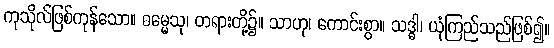
ကုသိုလ်ဖြစ်ကုန်သော။ ဓမ္မေသု၊ တရားတို့၌။ သာဟု၊ ကောင်းစွာ။ သဒ္ဓါ၊ ယုံကြည်သည်ဖြစ်၍။